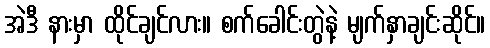
အဲဒီ နားမှာ ထိုင်ချင်လား။ စက်ခေါင်းတွဲနဲ့ မျက်နှာချင်းဆိုင်။